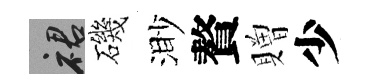
裙磯渺贅贈少